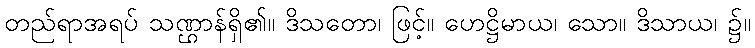
တည်ရာအရပ် သဏ္ဌာန်ရှိ၏။ ဒိသတော၊ ဖြင့်။ ဟေဋ္ဌိမာယ၊ သော။ ဒိသာယ၊ ၌။